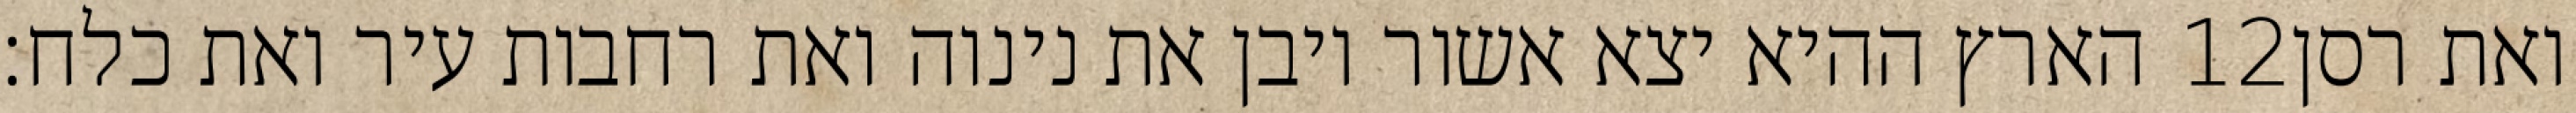
הארץ ההיא יצא אשור ויבן את נינוה ואת רחבות עיר ואת כלח׃ ‎12‏ ואת רסן